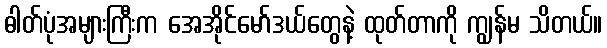
ဓါတ်ပုံအများကြီးက အေအိုင်မော်ဒယ်တွေနဲ့ ထုတ်တာကို ကျွန်မ သိတယ်။